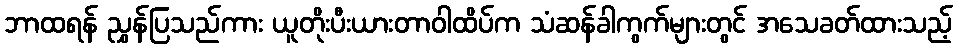
ဘာထရန် ညွှန်ပြသည်ကား ယူတိုးပီးယားတာဝါထိပ်က သံဆန်ခါကွက်များတွင် အသေခတ်ထားသည့်